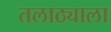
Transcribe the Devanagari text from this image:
तलाठ्याला